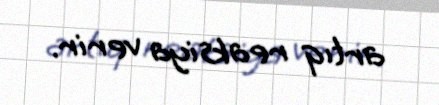
artıq reaksiya verir.